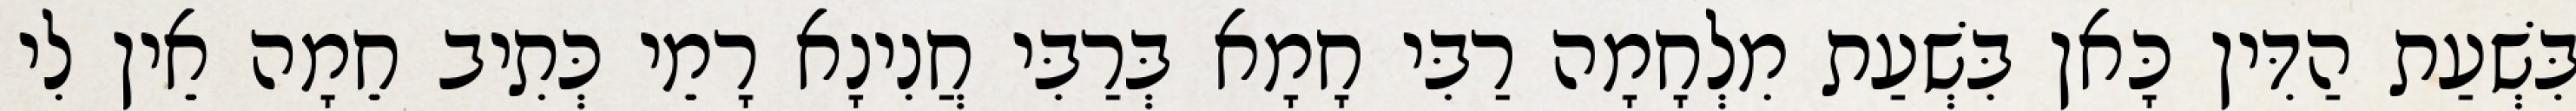
בִּשְׁעַת הַדִּין כָּאן בִּשְׁעַת מִלְחָמָה רַבִּי חָמָא בְּרַבִּי חֲנִינָא רָמֵי כְּתִיב חֵמָה אֵין לִי